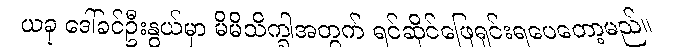
ယခု ဒေါ်ခင်ဦးနွယ်မှာ မိမိသိက္ခါအတွက် ရင်ဆိုင်ဖြေရှင်းရပေတော့မည်။